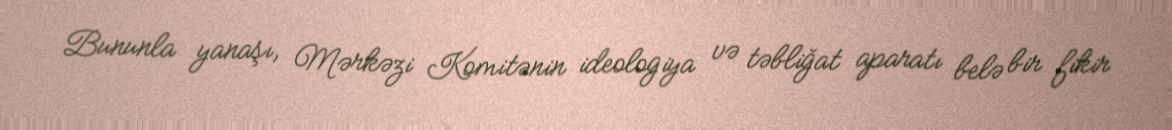
Bununla yanaşı, Mərkəzi Komitənin ideologiya və təbliğat aparatı belə bir fikir